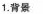
1.背景